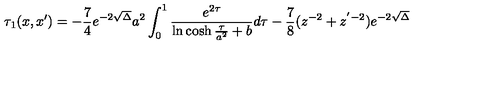
\tau _ { 1 } ( x , x ^ { \prime } ) = - \frac { 7 } { 4 } e ^ { - 2 \sqrt { \Delta } } a ^ { 2 } \int _ { 0 } ^ { 1 } \frac { e ^ { 2 \tau } } { \ln \cosh \frac { \tau } { a ^ { 2 } } + b } d \tau - \frac { 7 } { 8 } ( z ^ { - 2 } + z ^ { ' - 2 } ) e ^ { - 2 \sqrt { \Delta } }